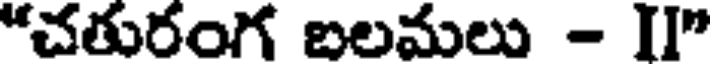
"చతురంగ బలమలు - II"